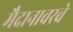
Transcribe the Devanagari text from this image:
मैदानावरचे